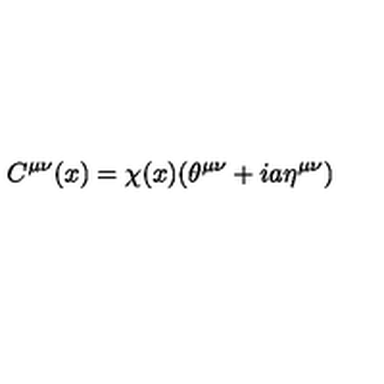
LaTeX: C ^ { { \mu } { \nu } } ( x ) = { \chi } ( x ) ( { \theta } ^ { { \mu } { \nu } } + i a { \eta } ^ { { \mu } { \nu } } )